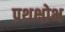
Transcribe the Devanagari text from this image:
पथक्षोभ